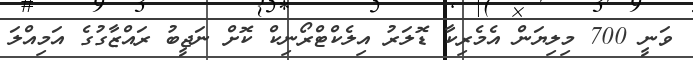
ވަނީ 700 މިލިޔަން އެމެރިކާ ޑޮލަރު އިލެކްޓްރޯނިކް ކޮށް ނަޖީބު ރައްޒާގުގެ އަމިއްލަ